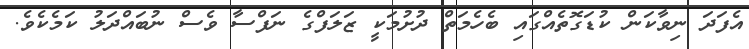
އެފަދަ ނިވާކަން ކުޑަގޮތެއްގައި ބެހެމަތް ދުށުމަކީ ޒަލަފްގެ ނަފްސާ ވެސް ނުބައްދަލު ކަމެކެވެ.